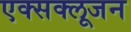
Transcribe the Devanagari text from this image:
एक्सक्लूजन